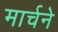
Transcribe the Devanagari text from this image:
मार्चने